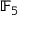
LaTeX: \mathbb { F } _ { 5 }